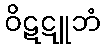
ဝိဋဋူဘံ